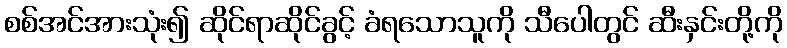
စစ်အင်အားသုံး၍ ဆိုင်ရာဆိုင်ခွင့် ခံရသောသူကို သီပေါတွင် ဆီးနှင်းတို့ကို